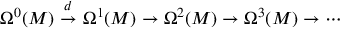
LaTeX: \Omega ^ { 0 } ( M ) \ { \stackrel { d } { \to } } \ \Omega ^ { 1 } ( M ) \to \Omega ^ { 2 } ( M ) \to \Omega ^ { 3 } ( M ) \to \cdots